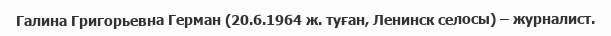
Галина Григорьевна Герман (20.6.1964 ж. туған, Ленинск селосы) – журналист.